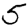
Digit: 5